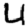
Digit: 4